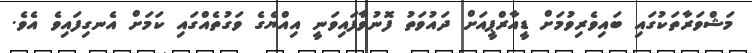
މަޝްވަރާތަކުގައި ބައިވެރިވުމަށް ޑީއާރްޕީއަށް ދައުވަތު ފޮނުވާފައިވަނީ އިއްޔެގެ ވަގުތެއްގައި ކަމަށް އެނގިފައިވެ އެވެ.